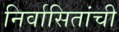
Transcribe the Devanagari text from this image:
निर्वासितांची